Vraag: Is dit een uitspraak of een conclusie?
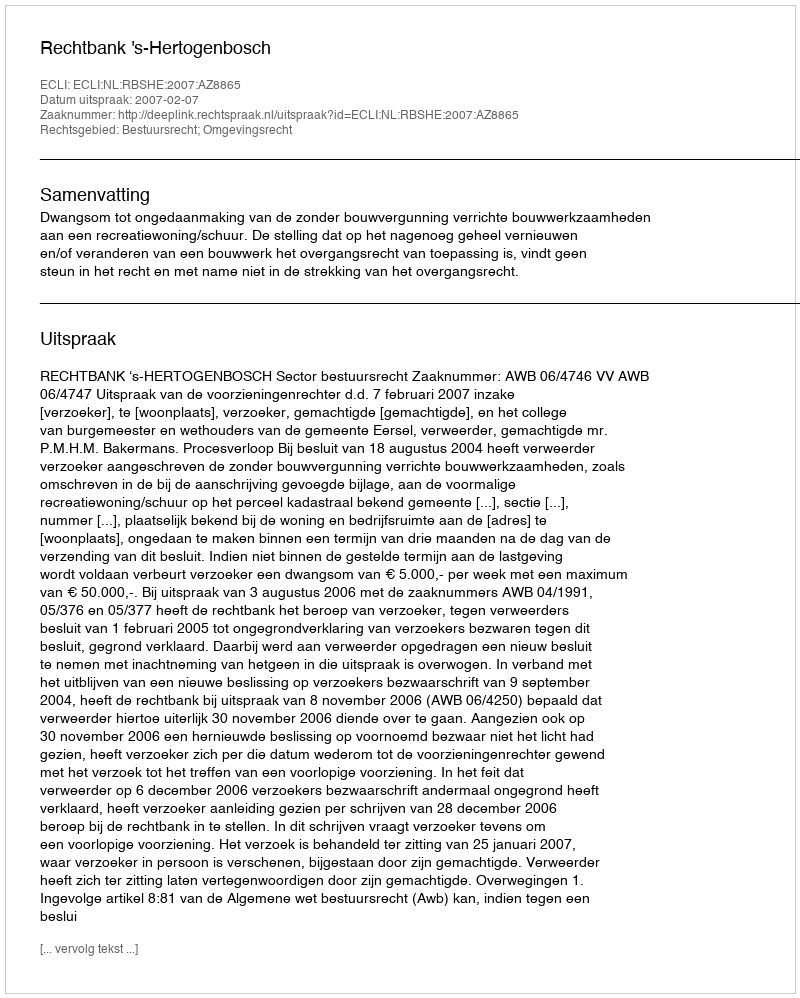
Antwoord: Uitspraak